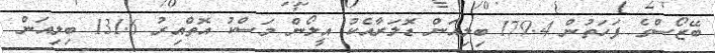
ބޭޒޯސްގެ ފަހަތުން 179.4 ބިލިއަން ޑޮލަރާއެކު އީލޯން މަސްކު އޮތްއިރު 131.6 ބިލިއަން